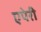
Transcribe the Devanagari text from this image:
एपेरी